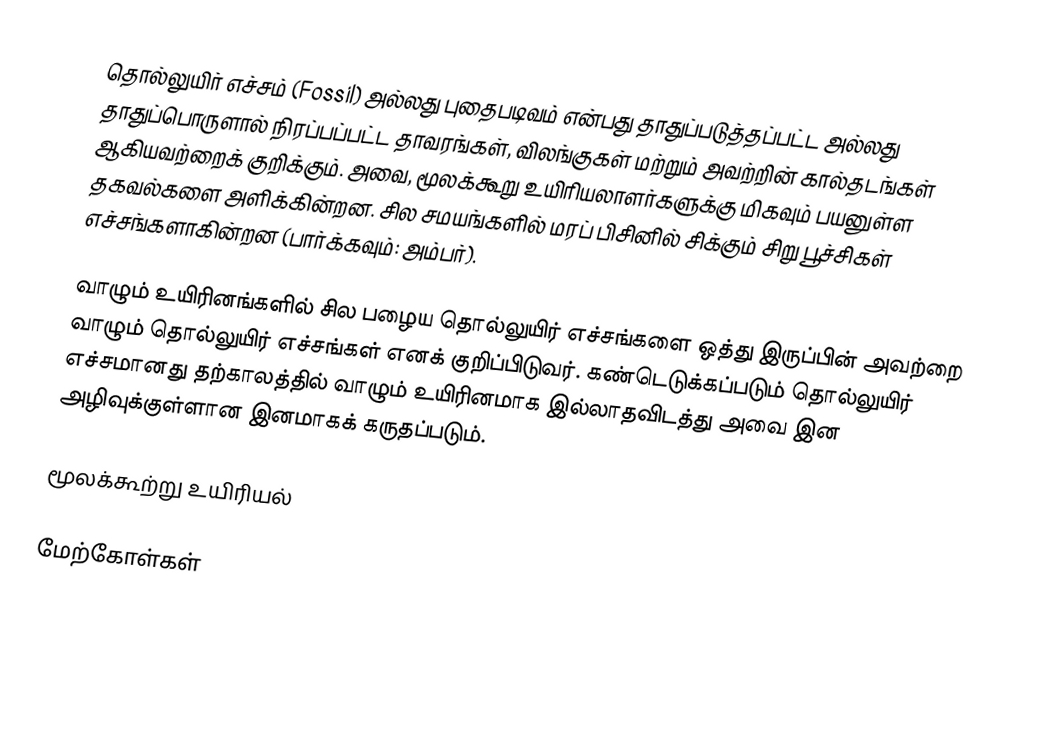
தொல்லுயிர் எச்சம் (Fossil) அல்லது புதைபடிவம் என்பது தாதுப்படுத்தப்பட்ட அல்லது தாதுப்பொருளால் நிரப்பப்பட்ட தாவரங்கள், விலங்குகள் மற்றும் அவற்றின் கால்தடங்கள் ஆகியவற்றைக் குறிக்கும். அவை, மூலக்கூறு உயிரியலாளர்களுக்கு மிகவும் பயனுள்ள தகவல்களை அளிக்கின்றன. சில சமயங்களில் மரப் பிசினில் சிக்கும் சிறு பூச்சிகள் எச்சங்களாகின்றன (பார்க்கவும்: அம்பர்).

வாழும் உயிரினங்களில் சில பழைய தொல்லுயிர் எச்சங்களை ஒத்து இருப்பின் அவற்றை வாழும் தொல்லுயிர் எச்சங்கள் எனக் குறிப்பிடுவர். கண்டெடுக்கப்படும் தொல்லுயிர் எச்சமானது தற்காலத்தில் வாழும் உயிரினமாக இல்லாதவிடத்து அவை இன அழிவுக்குள்ளான இனமாகக் கருதப்படும்.

மூலக்கூற்று உயிரியல்

மேற்கோள்கள்